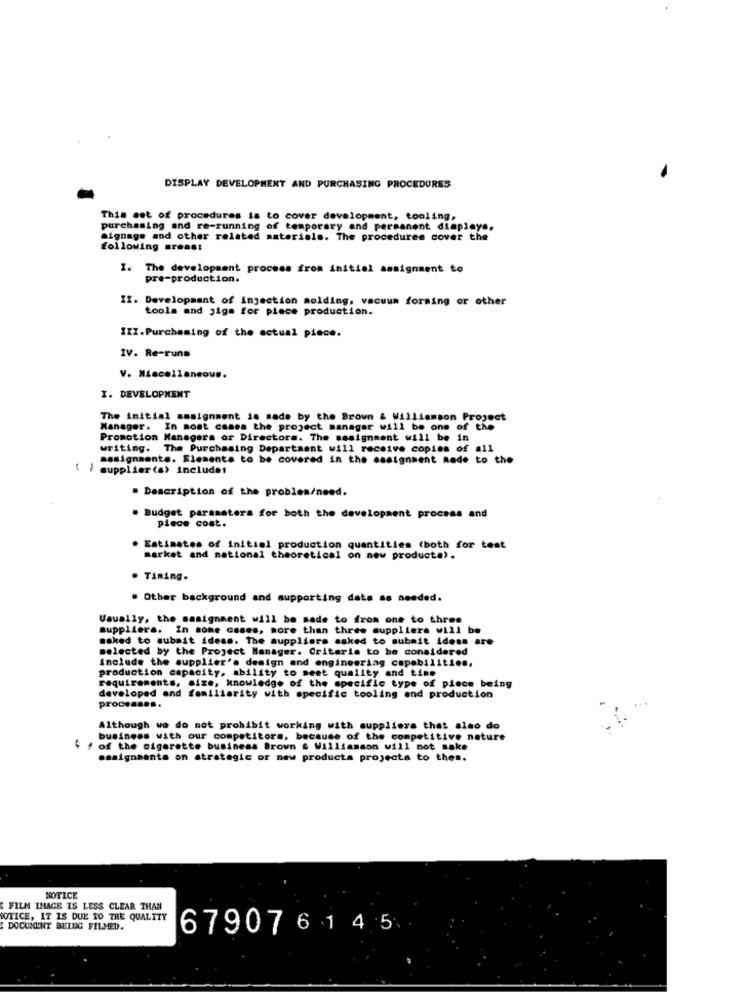
DISPLAY DEVELOPMENT AND PURCHASING PROCEDURES
This set of procedures is to cover development, tooling,
purchasing and re-running of temporary and permanent diaplays.
signage and other related aaterials. The procedures cover the
following areas:
The development process from initial assignment to
pre-production.
II. Development of injection molding, vacuum forming or other
tools and jigs for piece production.
IZI.Purchasing of the actual piece.
IV. Re-runs
V. Miscellaneous.
I. DEVELOPMENT
The initial assignment is made by the Brown & Williamson Project
Manager. In most cases the project manager will be one of the
Promotion Managers or Directora. The assignment will be in
writing. The Purchasing Department will receive copies of all
assignments. Elements to be covered in the assignment Rede to the
supplier(a) includes
. Description of the problen/need.
. Budget parameters for both the development process and
piece cost.
Estimates of initial production quantities (both for test
market and national theoretical on new products).
. Timing.
. Other background and supporting data as needed.
Usually, the masignment will be made to from one to three
suppliers. In some cases, more than three suppliers will be
asked to submit ideas. The suppliers asked to submit ideas are
selected by the Project Manager. Criteria to be considered
include the supplier's design and engineering capabilities.
production capacity, ability to meet quality and time
requirements, size, knowledge of the specific type of piece being
developed and familiarity with specific tooling and production
proce .....
Although we do not prohibit working with suppliers that also do
business with our competitors, because of the competitive nature
$ / of the cigarette business Brown & Williamson will not make
assignments on strategic or new products projects to thes.
NOTICE
FILM IMAGE IS LESS CLEAR THAN
NOTICE, IT IS DUE TO THE QUALITY
DOCUMENT BEING FILMED.
679076 14 5